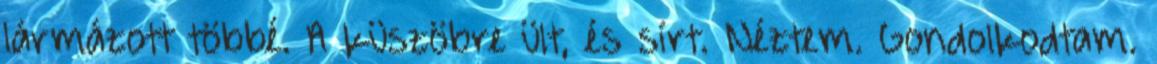
lármázott többé. A küszöbre ült, és sírt. Néztem. Gondolkodtam.